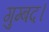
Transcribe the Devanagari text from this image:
गुम्बद।